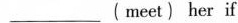
__ _(meet) her if